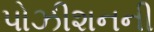
પોઝીશનની